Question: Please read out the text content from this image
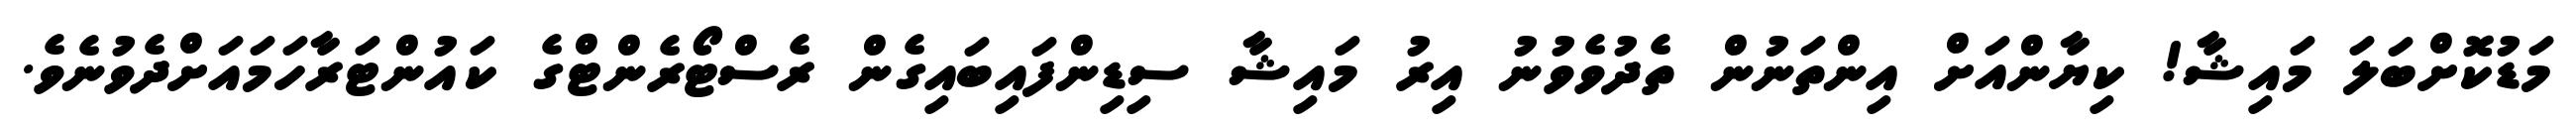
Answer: މަޑުކޮށްބަލަ މައިޝާ! ކިޔާންއަށް އިންތަނުން ތެދުވެވުނު އިރު މައިޝާ ސިޑިންފައިބައިގެން ރެސްޓޯރެންޓްގެ ކައުންޓަރާހަމައަށްދެވުނެވެ.